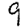
Digit: 9